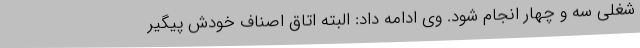
شغلی سه و چهار انجام شود. وی ادامه داد: البته اتاق اصناف خودش پیگیر